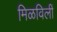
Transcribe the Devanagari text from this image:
मिळविलीं